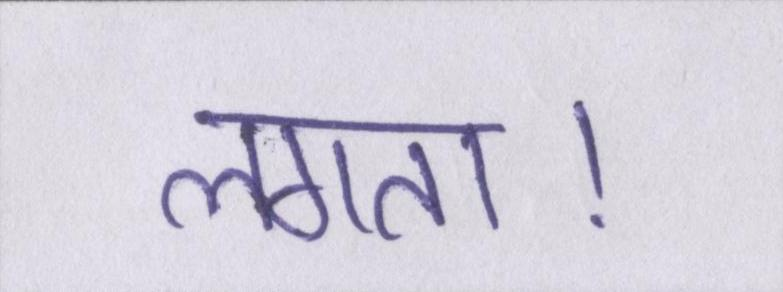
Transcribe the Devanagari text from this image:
लगता।